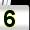
Digit: 5